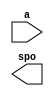
module Instruction_Memory(
  a,
  spo
);

input [13 : 0] a;
output [31 : 0] spo;

// synthesis translate_off

  DIST_MEM_GEN_V7_2 #(
    .C_ADDR_WIDTH(14),
    .C_DEFAULT_DATA("0"),
    .C_DEPTH(16384),
    .C_FAMILY("spartan6"),
    .C_HAS_CLK(0),
    .C_HAS_D(0),
    .C_HAS_DPO(0),
    .C_HAS_DPRA(0),
    .C_HAS_I_CE(0),
    .C_HAS_QDPO(0),
    .C_HAS_QDPO_CE(0),
    .C_HAS_QDPO_CLK(0),
    .C_HAS_QDPO_RST(0),
    .C_HAS_QDPO_SRST(0),
    .C_HAS_QSPO(0),
    .C_HAS_QSPO_CE(0),
    .C_HAS_QSPO_RST(0),
    .C_HAS_QSPO_SRST(0),
    .C_HAS_SPO(1),
    .C_HAS_SPRA(0),
    .C_HAS_WE(0),
    .C_MEM_INIT_FILE("Instruction_Memory.mif"),
    .C_MEM_TYPE(0),
    .C_PARSER_TYPE(1),
    .C_PIPELINE_STAGES(0),
    .C_QCE_JOINED(0),
    .C_QUALIFY_WE(0),
    .C_READ_MIF(1),
    .C_REG_A_D_INPUTS(0),
    .C_REG_DPRA_INPUT(0),
    .C_SYNC_ENABLE(1),
    .C_WIDTH(32)
  )
  inst (
    .A(a),
    .SPO(spo),
    .D(),
    .DPRA(),
    .SPRA(),
    .CLK(),
    .WE(),
    .I_CE(),
    .QSPO_CE(),
    .QDPO_CE(),
    .QDPO_CLK(),
    .QSPO_RST(),
    .QDPO_RST(),
    .QSPO_SRST(),
    .QDPO_SRST(),
    .DPO(),
    .QSPO(),
    .QDPO()
  );

// synthesis translate_on

endmodule